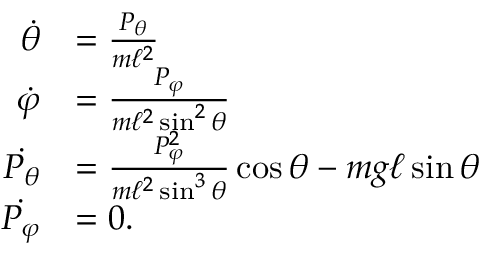
{ \begin{array} { r l } { { \dot { \theta } } } & { = { \frac { P _ { \theta } } { m \ell ^ { 2 } } } } \\ { { \dot { \varphi } } } & { = { \frac { P _ { \varphi } } { m \ell ^ { 2 } \sin ^ { 2 } \theta } } } \\ { { \dot { P _ { \theta } } } } & { = { \frac { P _ { \varphi } ^ { 2 } } { m \ell ^ { 2 } \sin ^ { 3 } \theta } } \cos \theta - m g \ell \sin \theta } \\ { { \dot { P _ { \varphi } } } } & { = 0 . } \end{array} }